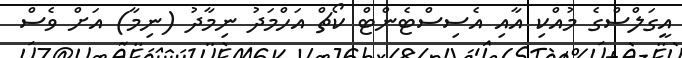
އީގަލްސްގެ މުއްކި އާއި އެސިސްޓެންޓް ކޯޗް އަހްމަދު ނިމާދު (ނިމާ) އަށް ވެސް